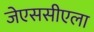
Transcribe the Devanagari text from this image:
जेएससीएला